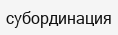
субординация